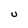
Character: U